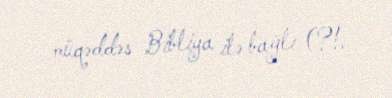
müqəddəs Bibliya ilə bağlı (?!.